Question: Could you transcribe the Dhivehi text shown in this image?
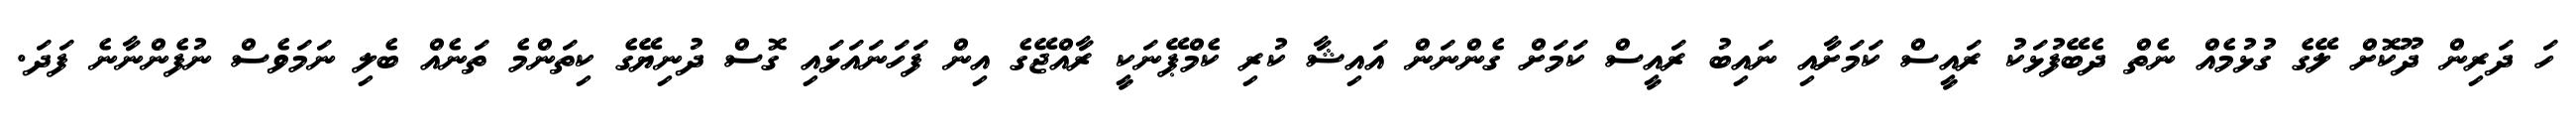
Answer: ހަ ދަރިން ދޫކޮށް ލޭގެ ގުޅުމެއް ނެތް ދެބޭފުޅަކު ރައީސް ކަމަށާއި ނައިބު ރައީސް ކަމަށް ގެންނަން އައިޝާ ކުރި ކެމްޕޭނަކީ ރާއްޖޭގެ އިން ފަހަނައަޅައި ގޮސް ދުނިޔޭގެ ކިތަންމެ ތަނެއް ބެލި ނަމަވެސް ނުފެންނާނެ ފަދަ.